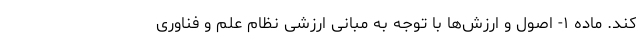
کند. ماده ۱- اصول و ارزش‌ها با توجه به مبانی ارزشی نظام علم و فناوری